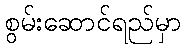
စွမ်းဆောင်ရည်မှာ